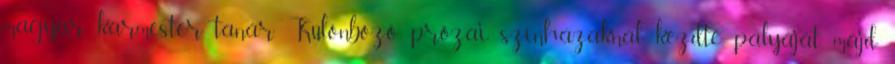
magyar karmester, tanár. Különböző prózai színházaknál kezdte pályáját, majd